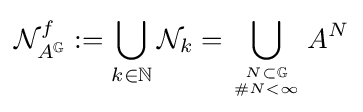
{\mathcal {N}}_{A^{\mathbb {G} }}^{f}:=\bigcup _{k\in \mathbb {N} }{\mathcal {N}}_{k}=\bigcup _{N\subset \mathbb {G}  \atop \#N<\infty }A^{N}